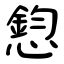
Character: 憌